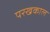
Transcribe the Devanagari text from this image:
परखकाल